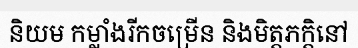
និយម កម្លាំងរីកចម្រើន និងមិត្តភក្តិនៅ